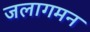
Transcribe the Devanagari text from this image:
जलागमन